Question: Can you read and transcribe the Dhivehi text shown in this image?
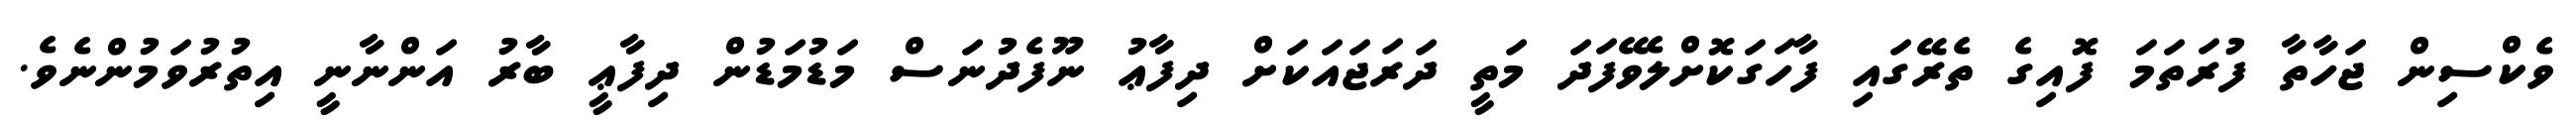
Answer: ވެކްސިން ޖަހާތާ ފުރަތަމަ ފޮއިގެ ތެރޭގައި ފާހަގަކޮށްލެވޭފަދަ މަތީ ދަރަޖައަކަށް ދިފާޢު ނޫފެދުނަސް މަޑުމަޑުން ދިފާޢީ ބާރު އަންނާނީ އިތުރުވަމުންނެވެ.